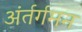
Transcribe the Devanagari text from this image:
अंर्तर्गमन